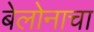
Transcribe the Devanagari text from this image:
बेलोनाचा